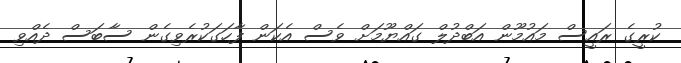
ކުރީގެ ރައީސް މައުމޫން އަބްދުލް ގައްޔޫމަށް ވެސް އެކަން ފާހަގަކުރެވިގެން ސާބަސް ދެއްވި